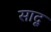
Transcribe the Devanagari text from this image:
सादू